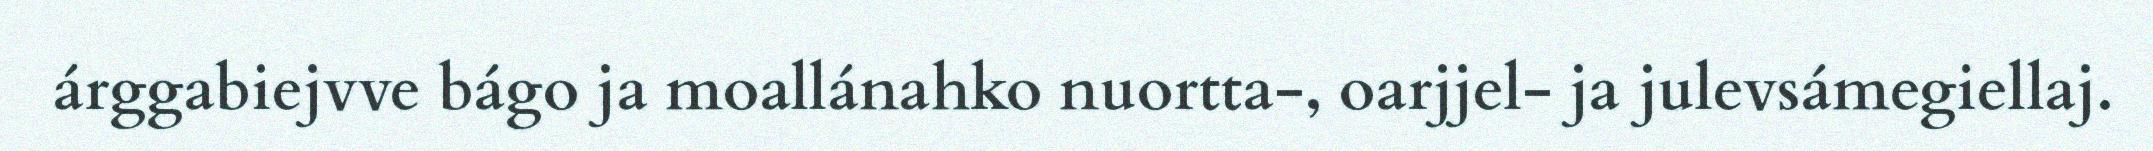
árggabiejvve bágo ja moallánahko nuortta-, oarjjel- ja julevsámegiellaj.